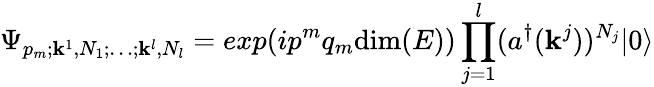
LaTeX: \Psi_{p_{m};{\mathbf k}^{1},N_{1};\dots;{\mathbf k}^{l},N_{l}}=exp(ip^{m}q_{m}\mathrm{dim}(E))\prod_{j=1}^{l}(a^{\dagger}({\mathbf k}^{j}))^{N_{j}}|0\rangle